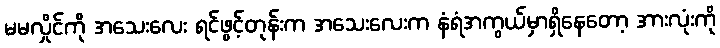
မမလှိုင်ကို အသေးလေး ရင်ဖွင့်တုန်းက အသေးလေးက နံရံအကွယ်မှာရှိနေတော့ အားလုံးကို